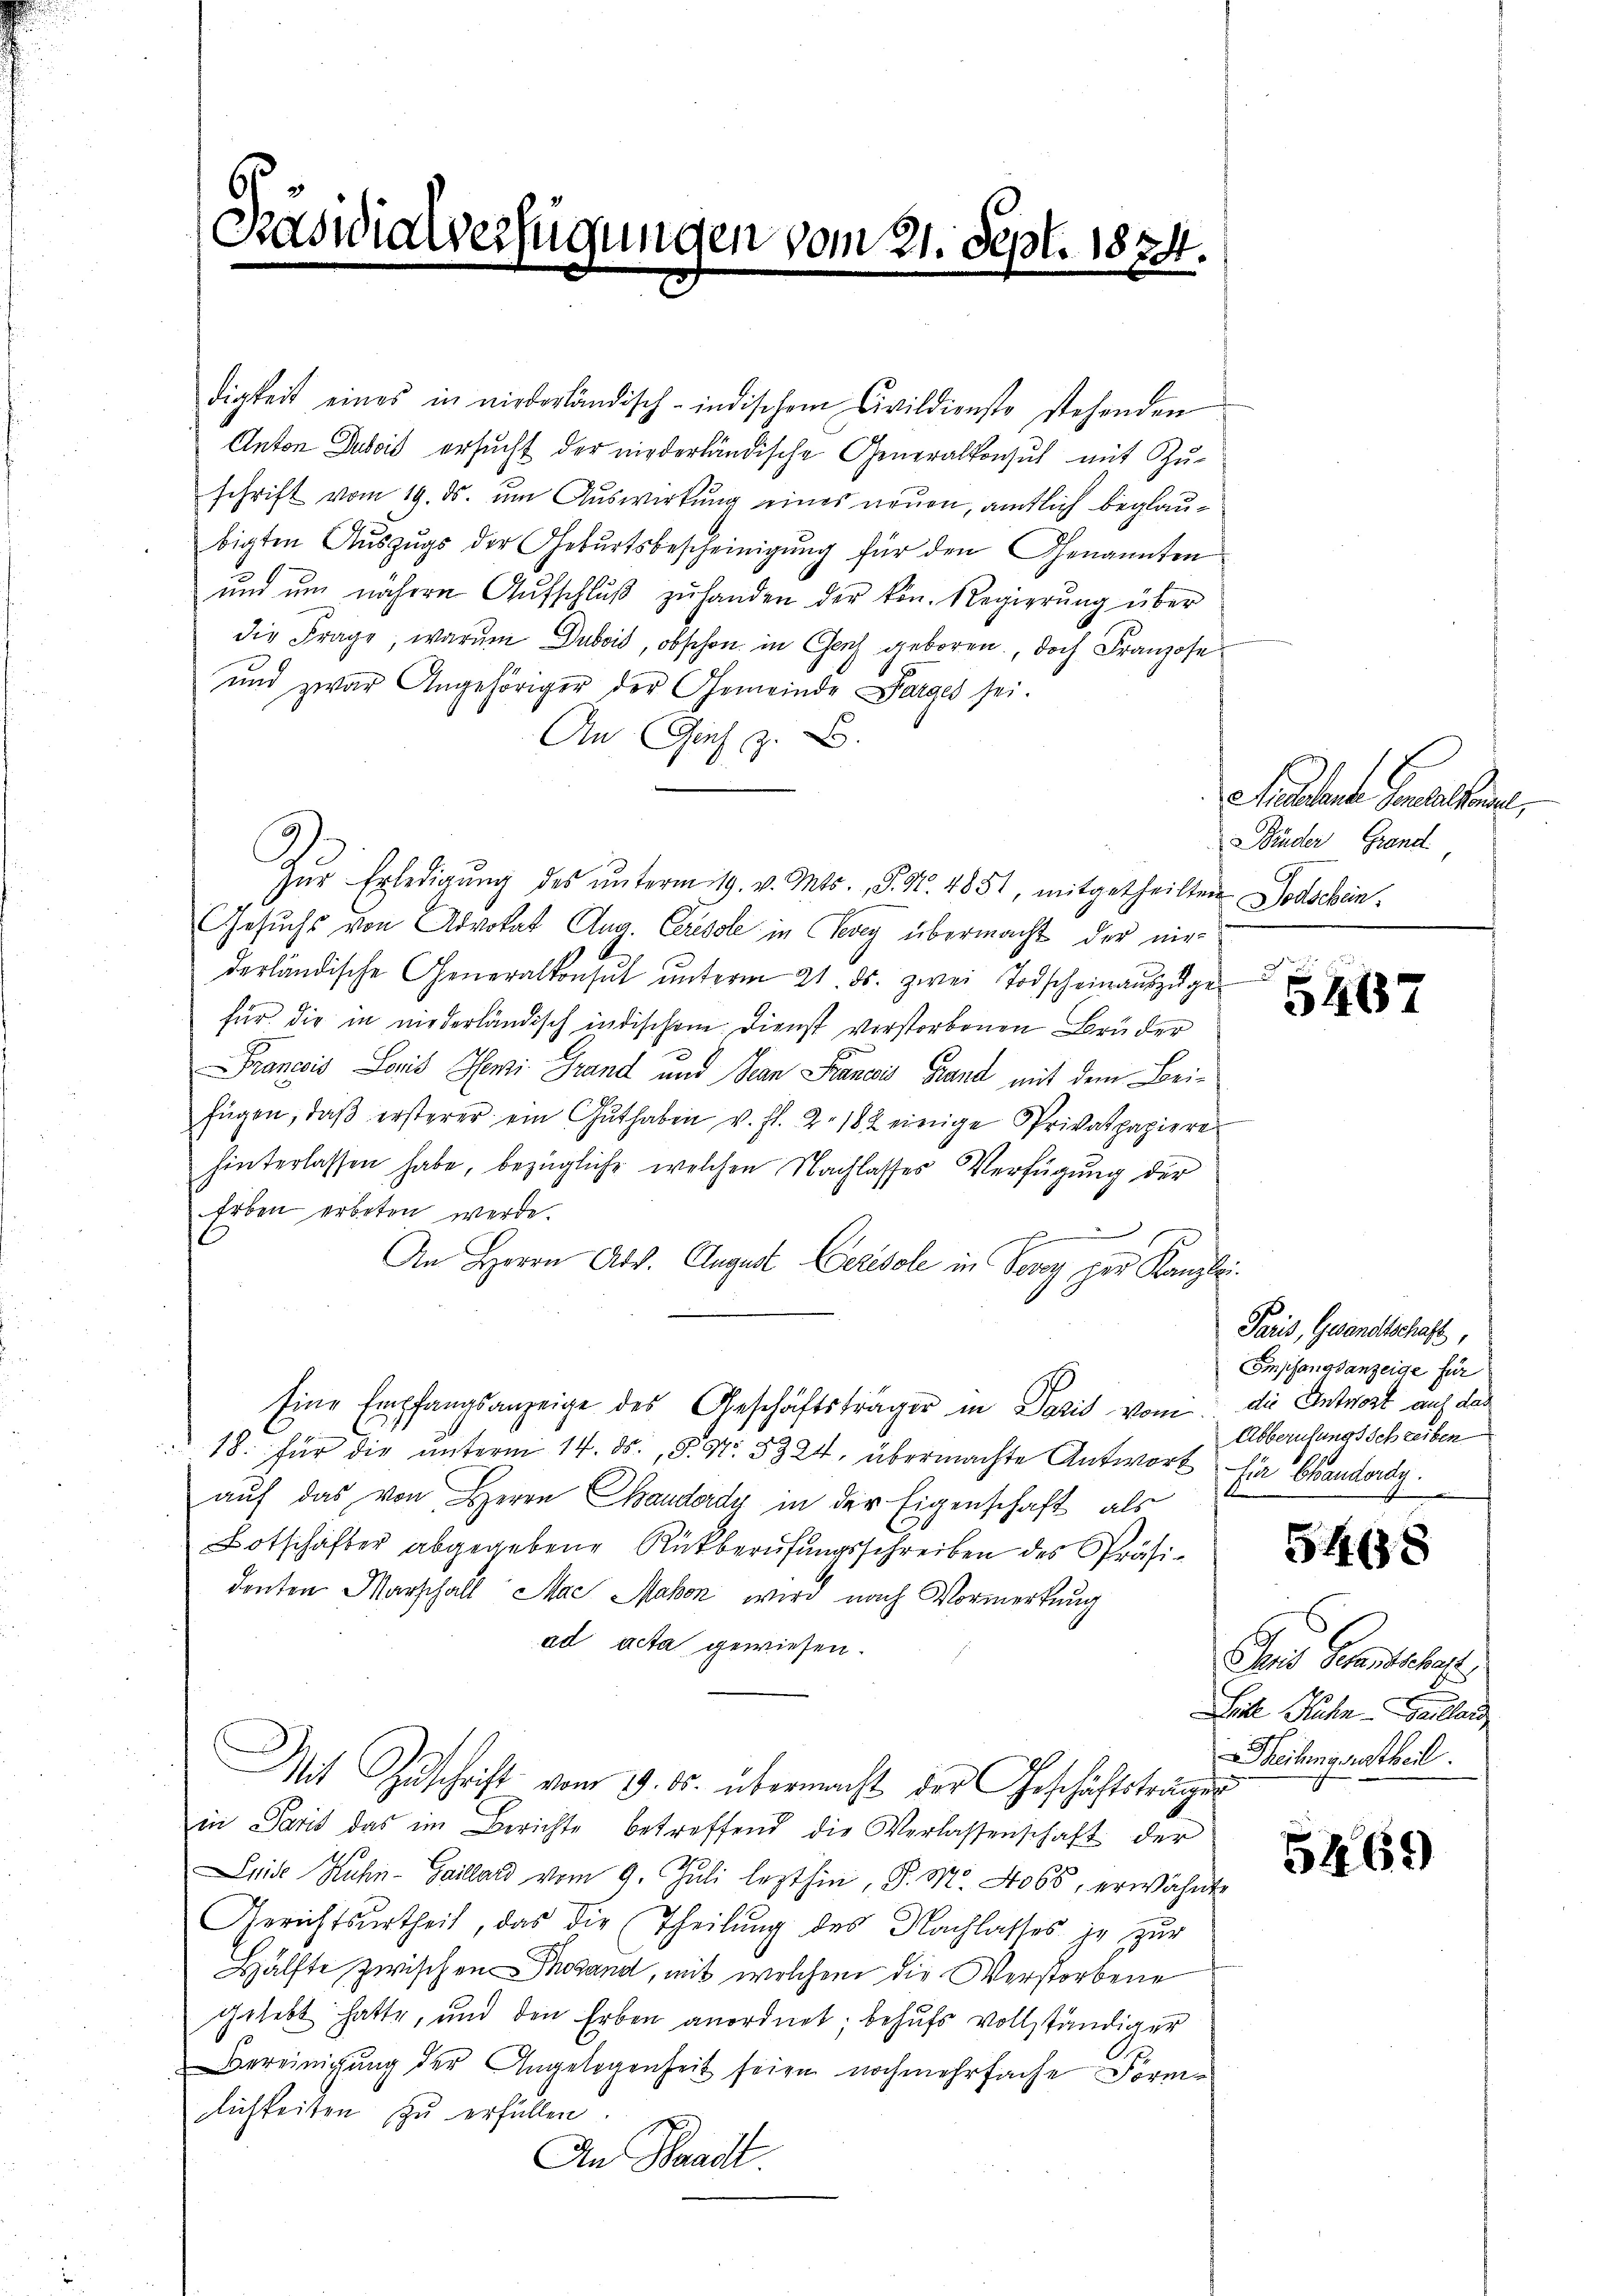
6
Präsidialverfügungen vom 21. Sept. 1874.

digkeit eines in niederländisch-indischem Civildienste stehenden
Anton Dubois ersucht der niederländische Generalkonsul mit Zu-
schrift vom 19. ds. um Auswirkung eines neuen, amtlich beglaubigten Auszugs der Geburtsbescheinigung für den Genannten
und um nähern Aŭfschlŭβ zŭ handen der kön. Regierŭng über
die Frage, warum Dubois, obschon in Genf geboren, doch Franzose
und zwar Angehöriger der Gemeinde Parges sei.
An Genf z. B.
Zŭr Erledigŭng des ŭnterm 19. v. Mts., S. Nr. 4851, mitgetheilten Todschen¬
Gesuchs von Advokat Aug. Ceresole in Vevey übermacht der nie-
derländische Generalkonsul ŭnterm 21. ds. zwei Todscheinauszuge
für die in niederländisch indischen Dienst verstorbenen Brüder
Francois Loris Meni Grand und San Francis Grand mit dem Beifügen, daβ ersterer ein Guthaben v. fl. 2. 182 einige Privatpapiere
hinterlassen habe, bezügliche welchen Nachlasses Verfügung der
Erben erbeten werde.
An Herrn Abs. August Cerésole in Vevey per Kanzlei
Eine Empfangsanzeige des Geschäftsträger in Dozis vom die Antwort auf das
18. für die unterm 14. ds., S. Nr. 3324, übermachte Antwort die Brandordn
auf das von Herrn Chanderdy in der Eigenschaft als
Botschafter abgegebene Rückberŭfŭngsschreiben des Präsi-
denten Marschall Mac Makon wird nach Vormerkung
ad acta gewiesen.
Mit Zuschrift vom 9. ds. übermacht der Geschäftsträgen
in Paris das im Berichte betreffend die Verlassenschaft der
1
Luise Kuhn-Gaillard vom 9. Juli lezthin, P. M. 4065, erwähnte
Gerichtsurtheil, das die Theilŭng des Nachlasses je zur
Hälfte zwischen Thogand, mit welchem die Verstorbene
gelebt hatte, und den Erben anordnet; behufs vollständiger
Bereinigung der Angelegenheit seien nochmehrfache Form-
zlichkeiten zu erfüllen.
An Waadt.

Malten Genehme,
Wider Grand

5467

Paris, Gesandtschaft,
Empfangsanzeige für
Abberufungs Schreiben

548

Seis Schantschaft.
Leide Ruhe. Gallen
Heihung vertheil.

5469